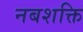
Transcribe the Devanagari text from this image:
नबशक्ति